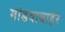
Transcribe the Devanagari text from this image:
मांडवाबाहेर